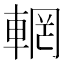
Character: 輞